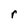
Character: r